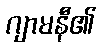
ဂျာမနီ၏